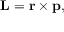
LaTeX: \mathbf { L } = \mathbf { r } \times \mathbf { p } ,